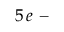
5 \, e \mathrm { ~ - ~ }